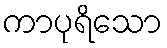
ကာပုရိသော